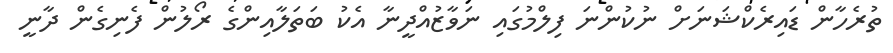
ތުރެހާން ޑައިރެކްޝަނަށް ނުކުންނަ ފިލްމުގައި ނަަވާޒުއްދީނާ އެކު ބަތަލާއިންގެ ރޯލުން ފެނިގެން ދާނީ